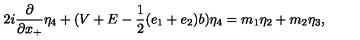
2 i \frac { \partial } { \partial x _ { + } } { \eta } _ { 4 } + ( V + E - \frac { 1 } { 2 } ( e _ { 1 } + e _ { 2 } ) b ) { \eta } _ { 4 } = m _ { 1 } { \eta } _ { 2 } + m _ { 2 } { \eta } _ { 3 } ,